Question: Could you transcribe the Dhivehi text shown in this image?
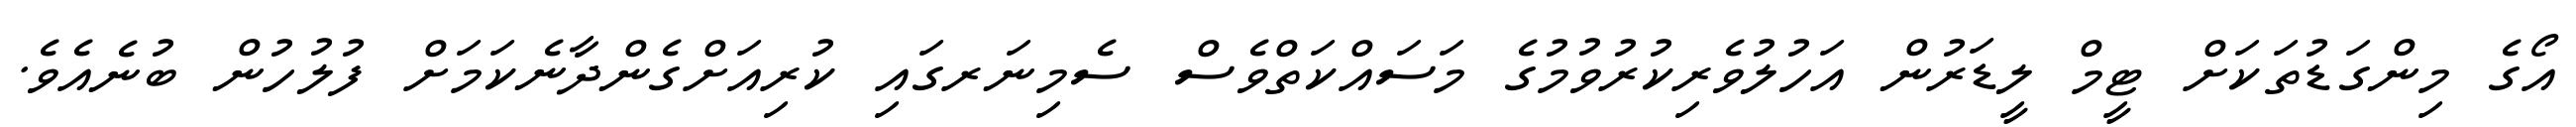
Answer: އޯގެ މިންގަޑުތަކަށް ޓީމް ލީޑަރުން އަހުލުވެރިކުރުވުމުގެ މަސައްކަތްވެސް ސެމިނަރގައި ކުރިއަށްގެންދާނެކަމަށް ފުލުހުން ބުނެއެވެ.